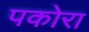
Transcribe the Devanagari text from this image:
पकोरा